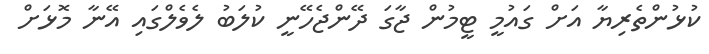
ކުޅުންތެރިޔާ އަށް ގައުމީ ޓީމުން ޖާގަ ދޭންޖެހޭނީ ކުލަބު ލެވެލްގައި އޭނާ މޮޅަށް